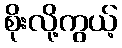
စိုးလို့ကွယ့်